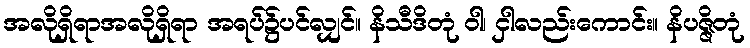
အလိုရှိရာအလိုရှိရာ အရပ်၌ပင်လျှင်။ နိသီဒိတုံ ဝါ၊ ငှါလည်းကောင်း။ နိပဇ္ဇိတုံ